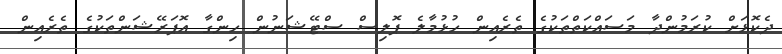
ދެކޮޅަށް ކުރަމުންދާ މަސައްކަތްތަކުގެ ތެރެއިން ހުޅުމާލެ ޕޮލިސް ސްޓޭޝަނުން ހިންގާ އޮޕަރޭޝަންތަކުގެ ތެރެއިން